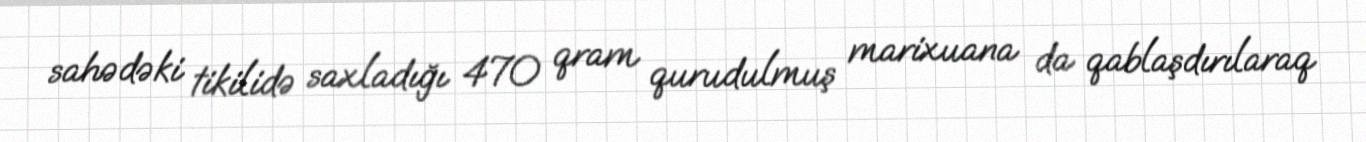
sahədəki tikilidə saxladığı 470 qram qurudulmuş marixuana da qablaşdırılaraq